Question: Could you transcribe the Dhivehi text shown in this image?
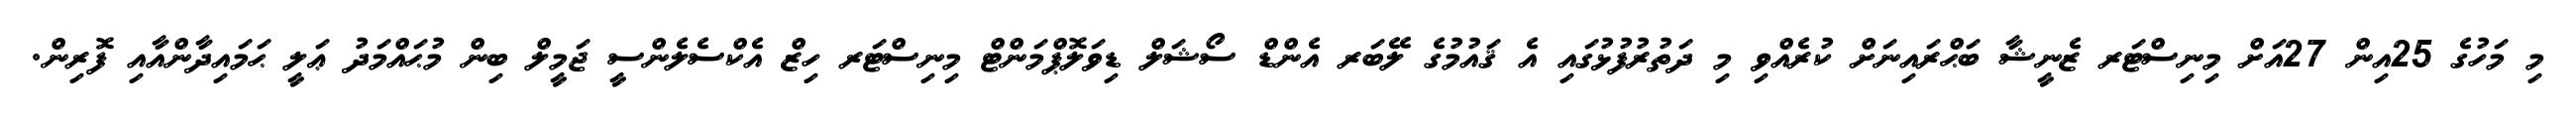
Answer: މި މަހުގެ 25އިން 27އަށް މިނިސްޓަރ ޒެނީޝާ ބަޙްރައިނަށް ކުރެއްވި މި ދަތުރުފުޅުގައި އެ ޤައުމުގެ ލޭބަރ އެންޑް ސޯޝަލް ޑިވަލޮޕްމަންޓް މިނިސްޓަރ ހިޒް އެކްސެލެންސީ ޖަމީލް ބިން މުޙައްމަދު ޢަލީ ޙަމައިދާންއާއި ފޮރިން.